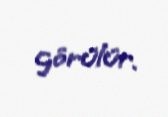
görülür.